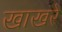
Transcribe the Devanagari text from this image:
खाखरे